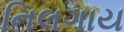
નિલગાય